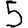
Digit: 5